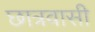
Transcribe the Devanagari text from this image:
छात्रवासी